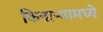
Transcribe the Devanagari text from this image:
किनाऱ्यामध्ये